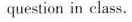
question in class.